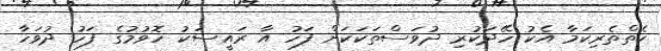
ކެތްތެރިކަމާ އެކު ހޭދަކުރި ދުވަސްތަކަކަށް ފަހު އާ ރައީސަކު ހޮވުމުގެ ފަހު ދުވަހާ